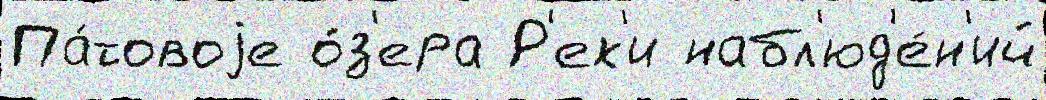
Па́товоjе о́з'ера Р'ек'и набл'юд'е́н'ий